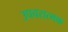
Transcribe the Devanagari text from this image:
उपचरात्मक